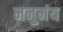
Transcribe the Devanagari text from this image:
मनुमंय